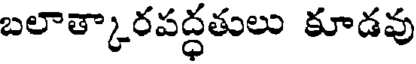
బలాత్కారపద్ధతులు కూడవు